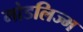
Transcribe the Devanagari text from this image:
मोडलिज्म